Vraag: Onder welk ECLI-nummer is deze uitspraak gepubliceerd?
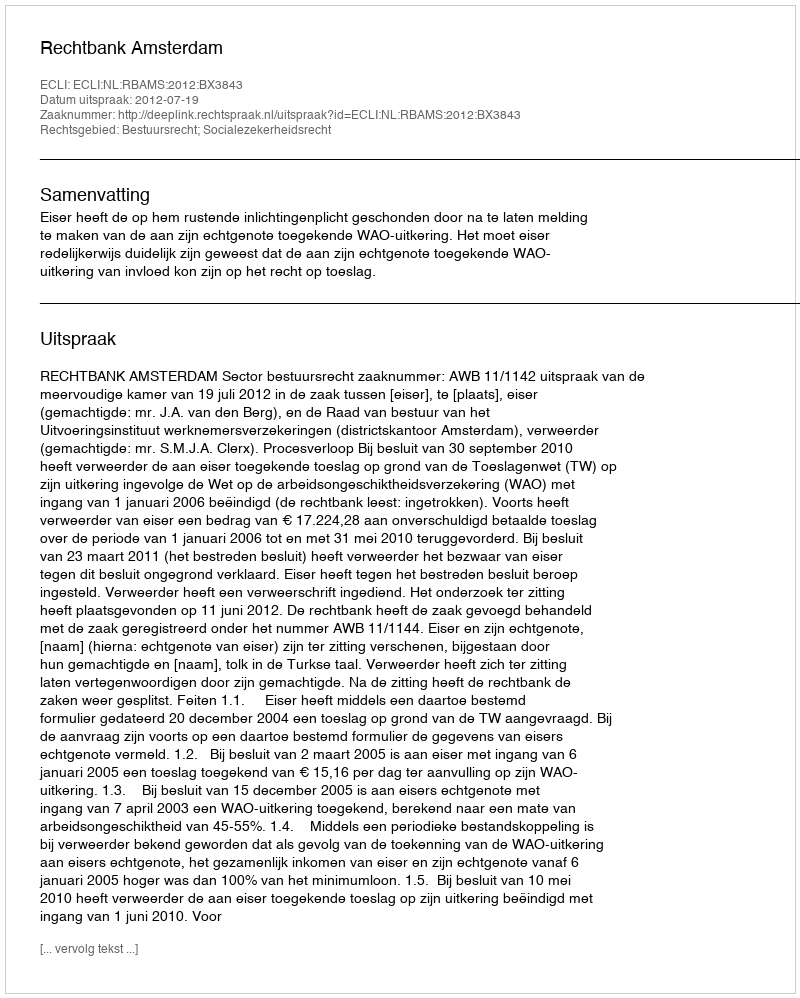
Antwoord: ECLI:NL:RBAMS:2012:BX3843